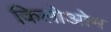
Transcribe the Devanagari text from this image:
किलोओम